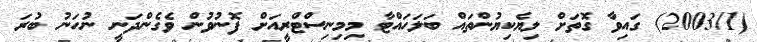
(2003/1) ގައިވާ ގޮތަށް ލިޔެކިޔުންތައް ބަލަހައްޓާ މިމިނިސްޓްރީއަށް ފޮނުވުން ވެގެންދަނީ ނުހަނު ބުރަ